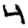
Digit: 4